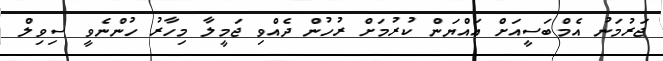
ޖަރުމަނު އެމްބަސީއަށް އައްޔަން ކުރުމަށް ރުހުން ދެއްވި ޖަމީލާ މިހާރު ހުންނެވީ ސިވިލް